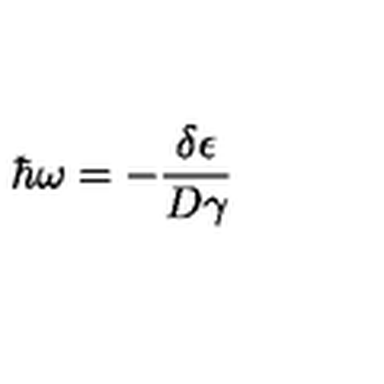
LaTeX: \hbar \omega = { - \frac { \delta \epsilon } { D \gamma } }